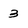
Character: 3